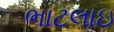
ભાટલાઇ